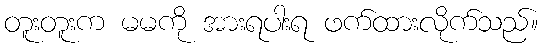
တူးတူးက မမကို အားရပါးရ ဖက်ထားလိုက်သည်။